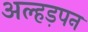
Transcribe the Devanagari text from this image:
अल्हड़पन